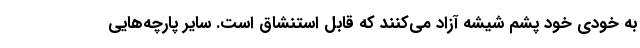
به خودی خود پشم شیشه آزاد می‌کنند که قابل استنشاق است. سایر پارچه‌هایی